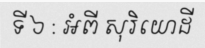
ទី ៦ : អំពី សុរិយោដី